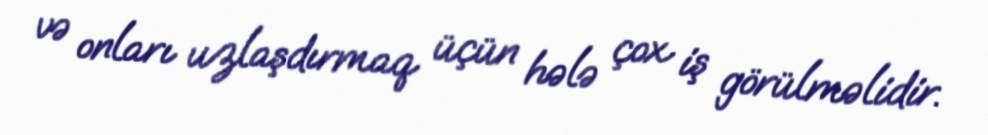
və onları uzlaşdırmaq üçün hələ çox iş görülməlidir.